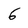
Character: 6